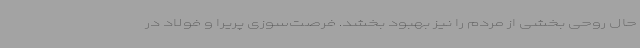
حال روحی بخشی از مردم را نیز بهبود بخشد. فرصت‌سوزی پریرا و فولاد در